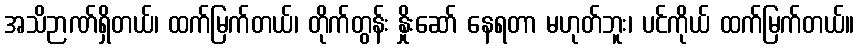
အသိဉာဏ်ရှိတယ်၊ ထက်မြက်တယ်၊ တိုက်တွန်း နှိုးဆော် နေရတာ မဟုတ်ဘူး၊ ပင်ကိုယ် ထက်မြက်တယ်။